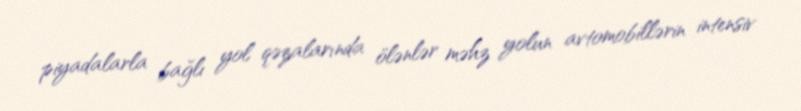
piyadalarla bağlı yol qəzalarında ölənlər məhz yolun avtomobillərin intensiv